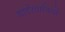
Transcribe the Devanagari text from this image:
चार्टरवादियों